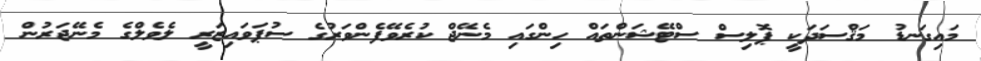
މައިގަނޑު މަޤްސަދަކީ ޕޮލިސް ސްޓޭޝަންތައް ހިންގައި މެނޭޖް ކުރެވޭފެންވަރުގެ ސުޕަވައިޒަރީ ލެވެލްގެ މެނޭޖަރުން